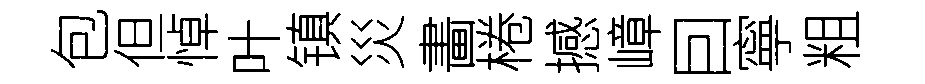
包但悼叶镇災畵棬撼嶂囙寧粗